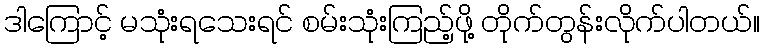
ဒါကြောင့် မသုံးရသေးရင် စမ်းသုံးကြည့်ဖို့ တိုက်တွန်းလိုက်ပါတယ်။